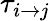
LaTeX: \tau_{i\to j}